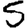
Digit: 5